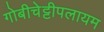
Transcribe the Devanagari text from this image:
गोबीचेट्टीपलायम